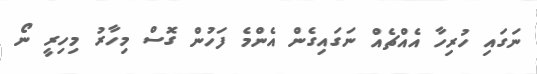
ނަގައި ހުރިހާ އެއްޗެއް ނަގައިގެން އެންމެ ފަހުން ގޮސް މިހާރު މިހިރީ ނޯ